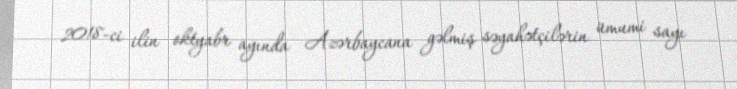
2018-ci ilin oktyabr ayında Azərbaycana gəlmiş səyahətçilərin ümumi sayı